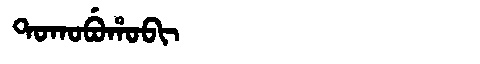
Manchu: ᡨᠣᡴᠣᠪᡠᡥᠣᠪᡳ
Romanization: TOKOBUHOBI